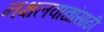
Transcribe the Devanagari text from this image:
नक्षलवाद्यांसाठी